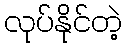
လုပ်နိုင်တဲ့